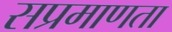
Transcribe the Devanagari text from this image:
सप्रमाणता